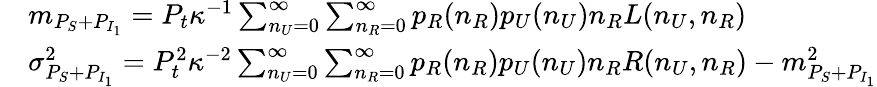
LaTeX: \begin{array}{rl}&{m_{P_{S}+P_{I_{1}}}=P_{t}\kappa^{-1}\sum_{n_{U}=0}^{\infty}\sum_{n_{R}=0}^{\infty}p_{R}(n_{R})p_{U}(n_{U})n_{R}L(n_{U},n_{R})}\\ &{\sigma_{P_{S}+P_{I_{1}}}^{2}=P_{t}^{2}\kappa^{-2}\sum_{n_{U}=0}^{\infty}\sum_{n_{R}=0}^{\infty}p_{R}(n_{R})p_{U}(n_{U})n_{R}R(n_{U},n_{R})-m_{P_{S}+P_{I_{1}}}^{2}}\end{array}